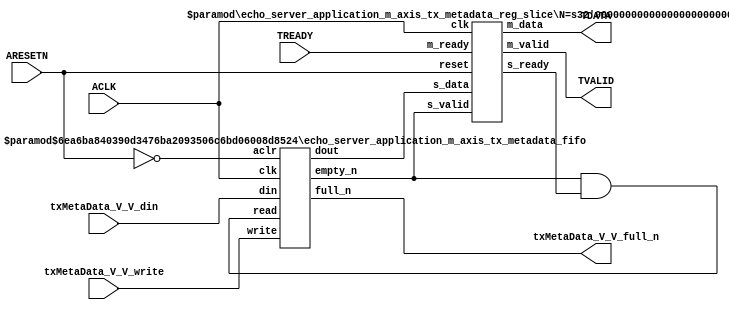
// This program was cloned from: https://github.com/mustafabbas/ECE1373_2016_hft_on_fpga
// License: MIT License

// ==============================================================
// File generated by Vivado(TM) HLS - High-Level Synthesis from C, C++ and SystemC
// Version: 2015.1
// Copyright (C) 2015 Xilinx Inc. All rights reserved.
// 
// ==============================================================


`timescale 1ns/1ps

module echo_server_application_m_axis_tx_metadata_if (
    // AXI4-Stream singals
    input  wire        ACLK,
    input  wire        ARESETN,
    output wire        TVALID,
    input  wire        TREADY,
    output wire [15:0] TDATA,
    // User signals
    input  wire [15:0] txMetaData_V_V_din,
    output wire        txMetaData_V_V_full_n,
    input  wire        txMetaData_V_V_write
);
//------------------------Local signal-------------------
// FIFO
wire [0:0]  fifo_read;
wire [0:0]  fifo_empty_n;
wire [15:0] txMetaData_V_V_dout;
wire [0:0]  txMetaData_V_V_empty_n;
// register slice
wire [0:0]  s_valid;
wire [0:0]  s_ready;
wire [15:0] s_data;
wire [0:0]  m_valid;
wire [0:0]  m_ready;
wire [15:0] m_data;

//------------------------Instantiation------------------
// rs
echo_server_application_m_axis_tx_metadata_reg_slice #(
    .N       ( 16 )
) rs (
    .clk     ( ACLK ),
    .reset   ( ARESETN ),
    .s_data  ( s_data ),
    .s_valid ( s_valid ),
    .s_ready ( s_ready ),
    .m_data  ( m_data ),
    .m_valid ( m_valid ),
    .m_ready ( m_ready )
);

// txMetaData_V_V_fifo
echo_server_application_m_axis_tx_metadata_fifo #(
    .DATA_BITS  ( 16 ),
    .DEPTH_BITS ( 4 )
) txMetaData_V_V_fifo (
    .clk        ( ACLK ),
    .aclr       ( ~ARESETN ),
    .empty_n    ( txMetaData_V_V_empty_n ),
    .full_n     ( txMetaData_V_V_full_n ),
    .read       ( fifo_read ),
    .write      ( txMetaData_V_V_write ),
    .dout       ( txMetaData_V_V_dout ),
    .din        ( txMetaData_V_V_din )
);

//------------------------Body---------------------------
//++++++++++++++++++++++++AXI4-Stream++++++++++++++++++++
assign TVALID = m_valid;
assign TDATA  = m_data[15:0];

//+++++++++++++++++++++++++++++++++++++++++++++++++++++++

//++++++++++++++++++++++++Reigister Slice++++++++++++++++
assign s_valid = fifo_empty_n;
assign m_ready = TREADY;
assign s_data  = {txMetaData_V_V_dout};

//+++++++++++++++++++++++++++++++++++++++++++++++++++++++

//++++++++++++++++++++++++FIFO+++++++++++++++++++++++++++
assign fifo_read    = fifo_empty_n & s_ready;
assign fifo_empty_n = txMetaData_V_V_empty_n;

//+++++++++++++++++++++++++++++++++++++++++++++++++++++++

endmodule



`timescale 1ns/1ps

module echo_server_application_m_axis_tx_metadata_fifo
#(parameter
    DATA_BITS  = 8,
    DEPTH_BITS = 4
)(
    input  wire                 clk,
    input  wire                 aclr,
    output wire                 empty_n,
    output wire                 full_n,
    input  wire                 read,
    input  wire                 write,
    output wire [DATA_BITS-1:0] dout,
    input  wire [DATA_BITS-1:0] din
);
//------------------------Parameter----------------------
localparam
    DEPTH = 1 << DEPTH_BITS;
//------------------------Local signal-------------------
reg                   empty;
reg                   full;
reg  [DEPTH_BITS-1:0] index;
reg  [DATA_BITS-1:0]  mem[0:DEPTH-1];
//------------------------Body---------------------------
assign empty_n = ~empty;
assign full_n  = ~full;
assign dout    = mem[index];

// empty
always @(posedge clk or posedge aclr) begin
    if (aclr)
        empty <= 1'b1;
    else if (empty & write & ~read)
        empty <= 1'b0;
    else if (~empty & ~write & read & (index==1'b0))
        empty <= 1'b1;
end

// full
always @(posedge clk or posedge aclr) begin
    if (aclr)
        full <= 1'b0;
    else if (full & read & ~write)
        full <= 1'b0;
    else if (~full & ~read & write & (index==DEPTH-2'd2))
        full <= 1'b1;
end

// index
always @(posedge clk or posedge aclr) begin
    if (aclr)
        index <= {DEPTH_BITS{1'b1}};
    else if (~empty & ~write & read)
        index <= index - 1'b1;
    else if (~full & ~read & write)
        index <= index + 1'b1;
end

// mem
always @(posedge clk) begin
    if (~full & write) mem[0] <= din;
end

genvar i;
generate
    for (i = 1; i < DEPTH; i = i + 1) begin : gen_sr
        always @(posedge clk) begin
            if (~full & write) mem[i] <= mem[i-1];
        end
    end
endgenerate

endmodule

`timescale 1ns/1ps

module echo_server_application_m_axis_tx_metadata_reg_slice
#(parameter
    N = 8   // data width
) (
    // system signals
    input  wire         clk,
    input  wire         reset,
    // slave side
    input  wire [N-1:0] s_data,
    input  wire         s_valid,
    output wire         s_ready,
    // master side
    output wire [N-1:0] m_data,
    output wire         m_valid,
    input  wire         m_ready
);
//------------------------Parameter----------------------
// state
localparam [1:0]
    ZERO = 2'b10,
    ONE  = 2'b11,
    TWO  = 2'b01;
//------------------------Local signal-------------------
reg  [N-1:0] data_p1;
reg  [N-1:0] data_p2;
wire         load_p1;
wire         load_p2;
wire         load_p1_from_p2;
reg          s_ready_t;
reg  [1:0]   state;
reg  [1:0]   next;
//------------------------Body---------------------------
assign s_ready = s_ready_t;
assign m_data  = data_p1;
assign m_valid = state[0];

assign load_p1 = (state == ZERO && s_valid) ||
                 (state == ONE && s_valid && m_ready) ||
                 (state == TWO && m_ready);
assign load_p2 = s_valid & s_ready;
assign load_p1_from_p2 = (state == TWO);

// data_p1
always @(posedge clk) begin
    if (load_p1) begin
        if (load_p1_from_p2)
            data_p1 <= data_p2;
        else
            data_p1 <= s_data;
    end
end

// data_p2
always @(posedge clk) begin
    if (load_p2) data_p2 <= s_data;
end

// s_ready_t
always @(posedge clk) begin
    if (~reset)
        s_ready_t <= 1'b0;
    else if (state == ZERO)
        s_ready_t <= 1'b1;
    else if (state == ONE && next == TWO)
        s_ready_t <= 1'b0;
    else if (state == TWO && next == ONE)
        s_ready_t <= 1'b1;
end

// state
always @(posedge clk) begin
    if (~reset)
        state <= ZERO;
    else
        state <= next;
end

// next
always @(*) begin
    case (state)
        ZERO:
            if (s_valid & s_ready)
                next = ONE;
            else
                next = ZERO;
        ONE:
            if (~s_valid & m_ready)
                next = ZERO;
            else if (s_valid & ~m_ready)
                next = TWO;
            else
                next = ONE;
        TWO:
            if (m_ready)
                next = ONE;
            else
                next = TWO;
        default:
            next = ZERO;
    endcase
end

endmodule